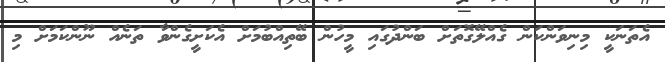
އެތަނަކީ މިނިވަންކަން ގެއްލޭގޮތަށް ބަންދުގައި މީހުން ބޭތިއްބުމަށް އެކަށީގެންވާ ތަނެއް ނޫންކަމަށް މި